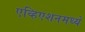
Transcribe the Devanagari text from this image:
एव्हिएशनमध्ये